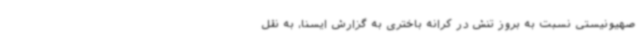
صهیونیستی نسبت به بروز تنش در کرانه باختری به گزارش ایسنا، به نقل